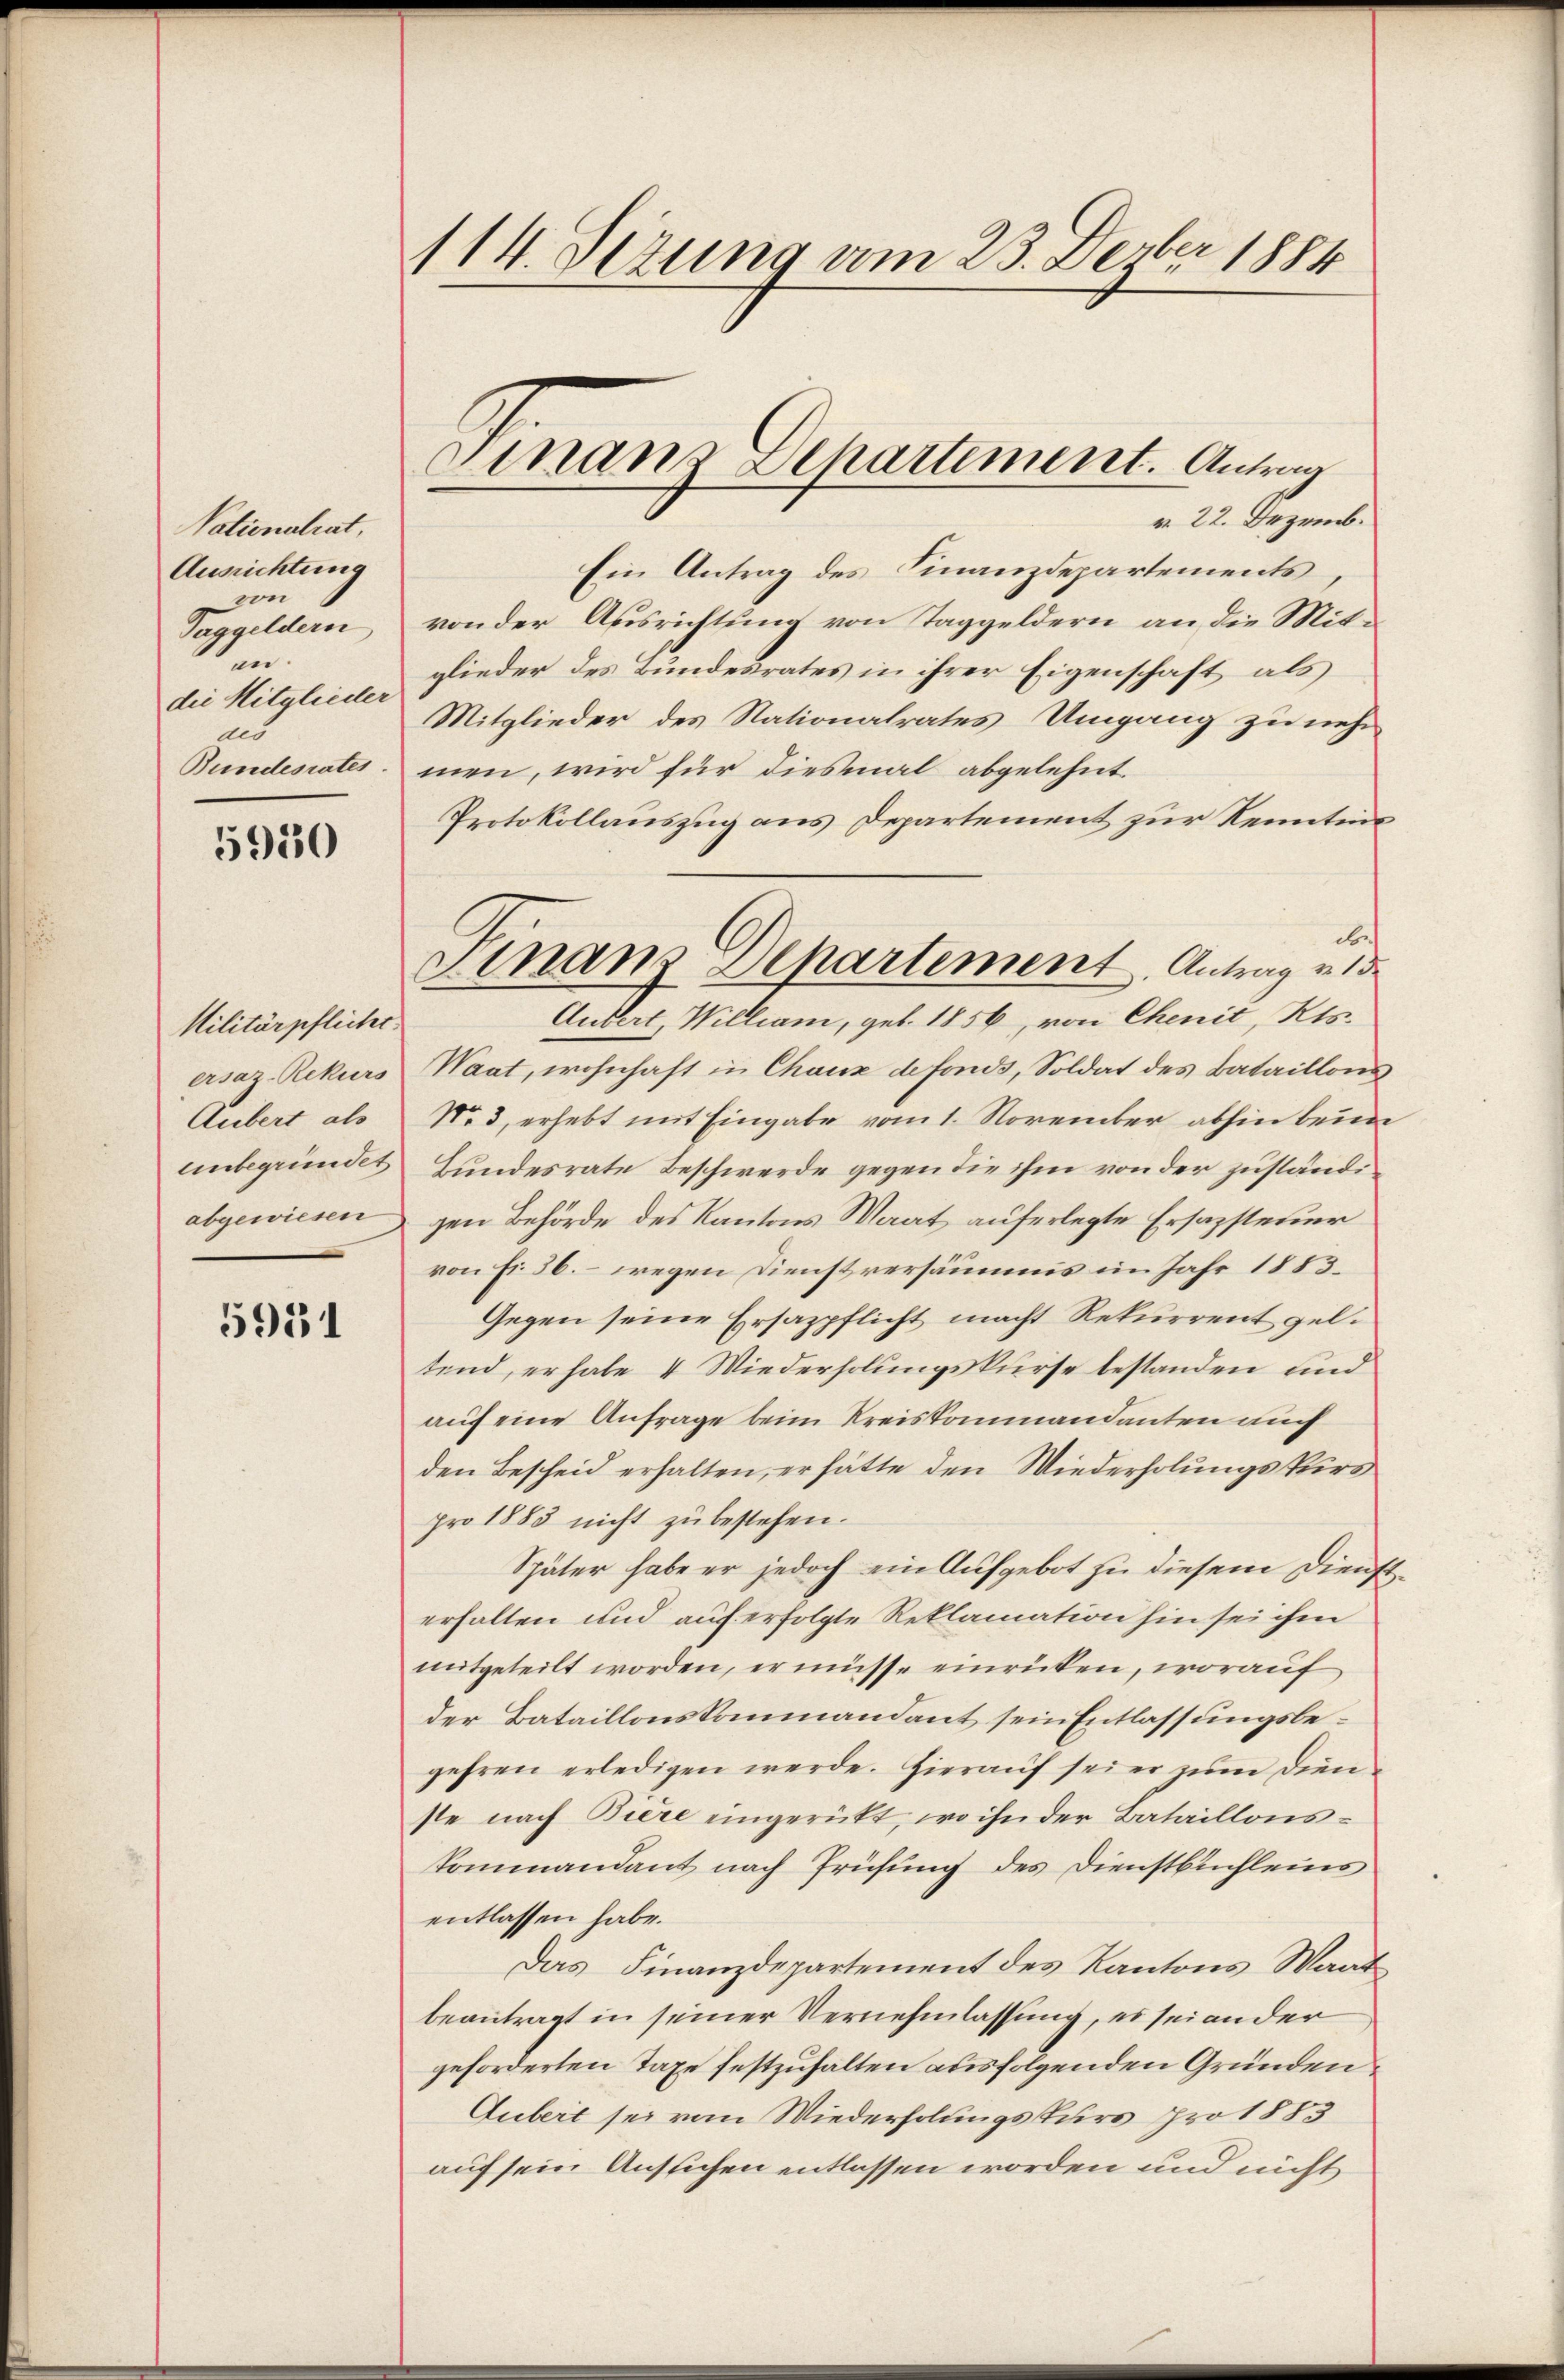
Vationalrat,
Ausrichtung
von
Taggeldern
en.
die Mitglieder
aes
Bundesrates

5950

Militärpflicht.
ersaz. Rekurs
Aubert als
unbegründet
abgewiesen

5951

114. Jezung vom 23. Devber 1884

Finanz Departiment. Antrag

r. 22. Dezemb.
Ein Antrag des Finanzdepartements
von der Ausrichtung von Taggeldern an die Mitglieder des Bundesrates in ihrer Eigenschaft als
Mitglieder des Nationalrates Umgang zu nehm
men, wird für diesmal abgelehnt.
Protokollauszug aus Departement zur Kenntni
de
Andert, William, geb. 1856, von Chenit, Kts.
Waat, wohnhaft in Chaux de fonds, Soldat des Bataillons
No. 3, erhebt mit Eingabe vom 1. November abhin beim
Bundesrate Beschwerde gegen die ihm von der zuständigen Behörde des Kantons Waat auferlegte Ersazsteuer
von fr. 56. – wegen Dienstversäumis im Jahr 1883.
Gegen seine Ersazpflicht macht Rekurrent zeltend, erhale 4 Wiederholungskurse bestanden und
auf eine Anfrage beim Kreiskommandanten auf
den Bescheid erhalten, er hätte den Wiederholungskurs
pro 1883 nicht zu bestehen.
Später habe er jedoch ein Aufgebot zu diesem Dienst
erhalten und auf erfolgte Reklamation hin sei ihm
mitgeteilt worden, er müsse einrücken, worauf
der Bataillonskommandant sein Entlassungsbegehren erledigen werde. Hieraŭf sei er zŭm Dien
ste nach Biere eingerückt, wo ihn der Bataillons-
kommandant nach Prüfung des Dienstbuchleins
entlassen habe.
Das Finanzdepartement des Kantons Waat
beantragt in seiner Vernehmlassung, es sei ander
geforderten Taxe festzuhalten ausfolgenden Gründen
Gubert sei vom Wiederholungskurs pro 1883
auf sein Ansichen entlassen worden und nicht

Finanz Departement. Antrag v. 13